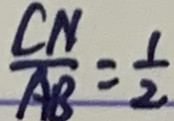
\frac { C N } { A B } = \frac { 1 } { 2 }